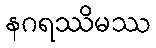
နဂရဿိမဿ